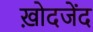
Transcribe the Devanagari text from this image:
ख़ोदजेंद